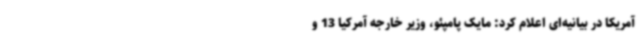
آمریکا در بیانیه‌ای اعلام کرد: مایک پامپئو، وزیر خارجه آمرکیا 13 و